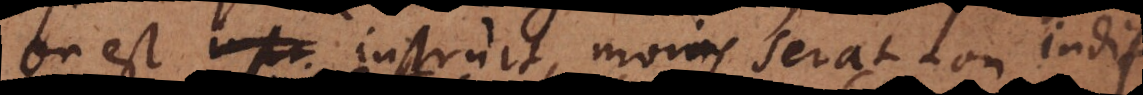
on est instruit, moins sera‐t‐on indif